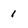
Character: 1